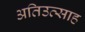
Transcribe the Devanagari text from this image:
अतिउत्साह